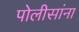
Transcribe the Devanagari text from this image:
पोलीसांना